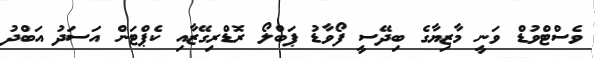
ވެސްޓްވުޑް ވަނީ މާޒިޔާގެ ބިދޭސީ ފޯވާޑު ޕަބްލޯ ރޮޑްރިގޭޒާއި ކެޕްޓަން އަސަދު އަބްދު